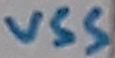
Text: vss